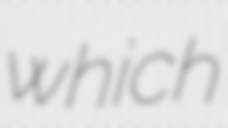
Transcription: which